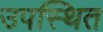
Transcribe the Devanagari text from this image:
उपस्थित